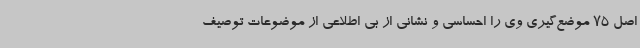
اصل 75 موضع‌گیری وی را احساسی و نشانی از بی اطلاعی از موضوعات توصیف